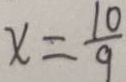
x = \frac { 1 0 } { 9 }